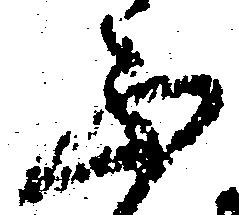
不